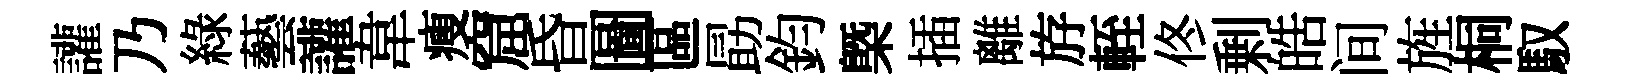
讙乃綠藝讙韋瘦窟昏圖區勗鈞㮣插離斿輊佟剰皓间旌桐馭